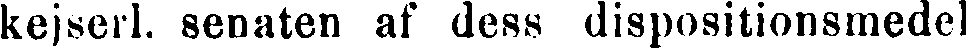
kejserl. senaten af dess dispositionsmedel